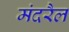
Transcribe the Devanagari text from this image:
मंदरैल